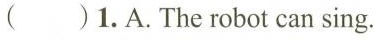
( )1.A.The robot can sing.